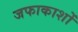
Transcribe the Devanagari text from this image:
जफाकाशों